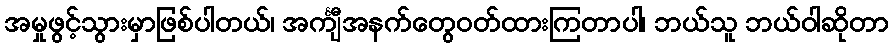
အမှုဖွင့်သွားမှာဖြစ်ပါတယ်၊ အင်္ကျီအနက်တွေဝတ်ထားကြတာပါ၊ ဘယ်သူ ဘယ်ဝါဆိုတာ